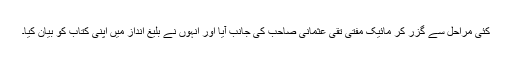
کئی مراحل سے گزر کر مائیک مفتی تقی عثمانی صاحب کی جانب آیا اور انہوں نے بلیغ انداز میں اپنی کتاب کو بیان کیا۔